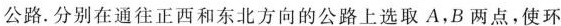
公路.分别在通往正西和东北方向的公路上选取A，B两点，使环